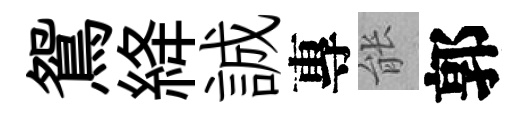
鴛絳誠專䏻郭